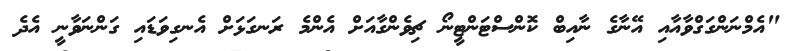
"އެމްނަންގަގްވާއާއި އޭނާގެ ނާއިބް ކޮންސްޓަންޓީނޯ ޗިވެންގާއަށް އެންމެ ރަނގަޅަށް އެނގިވަޑައި ގަންނަވާނީ އެދެ